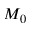
M _ { 0 }